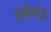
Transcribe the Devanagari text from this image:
हेर्नैन्डेज़